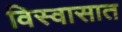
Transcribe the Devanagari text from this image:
विस्वासात